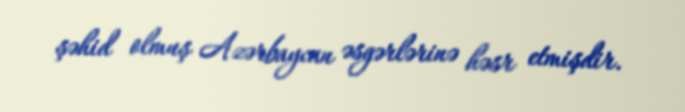
şəhid olmuş Azərbaycan əsgərlərinə həsr etmişdir.